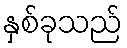
နှစ်ခုသည်